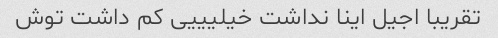
تقریبا اجیل اینا نداشت خیلیییی کم داشت توش